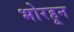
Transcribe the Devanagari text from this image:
भोरहून